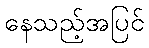
နေသည့်အပြင်